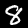
Digit: 8